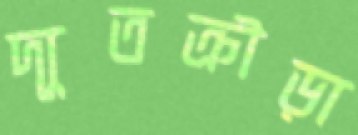
দ্যূতক্রীড়া